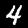
Label: 4